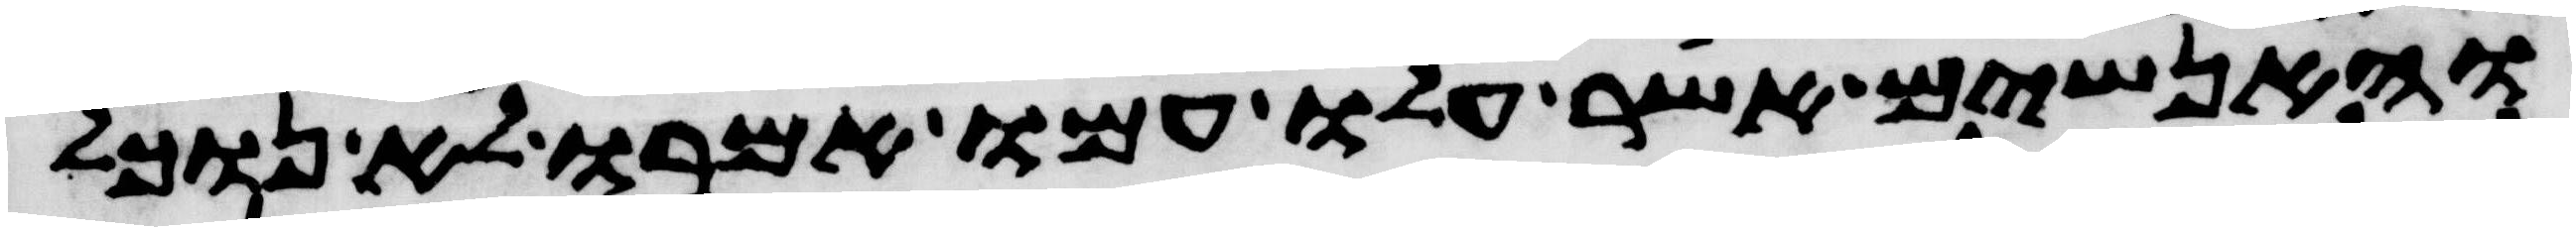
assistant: והאנשים אשר עלו עמו אמרו לא נוכל